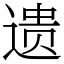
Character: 遗